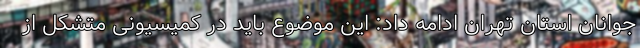
جوانان استان تهران ادامه داد: این موضوع باید در کمیسیونی متشکل از